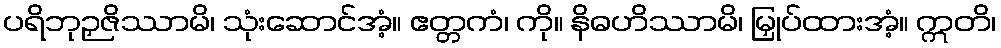
ပရိဘုဉှဇိဿာမိ၊ သုံးဆောင်အံ့။ ဧတ္တကံ၊ ကို။ နိဓဟိဿာမိ၊ မြှုပ်ထားအံ့။ ဣတိ၊